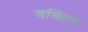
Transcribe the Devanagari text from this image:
बख्शिश